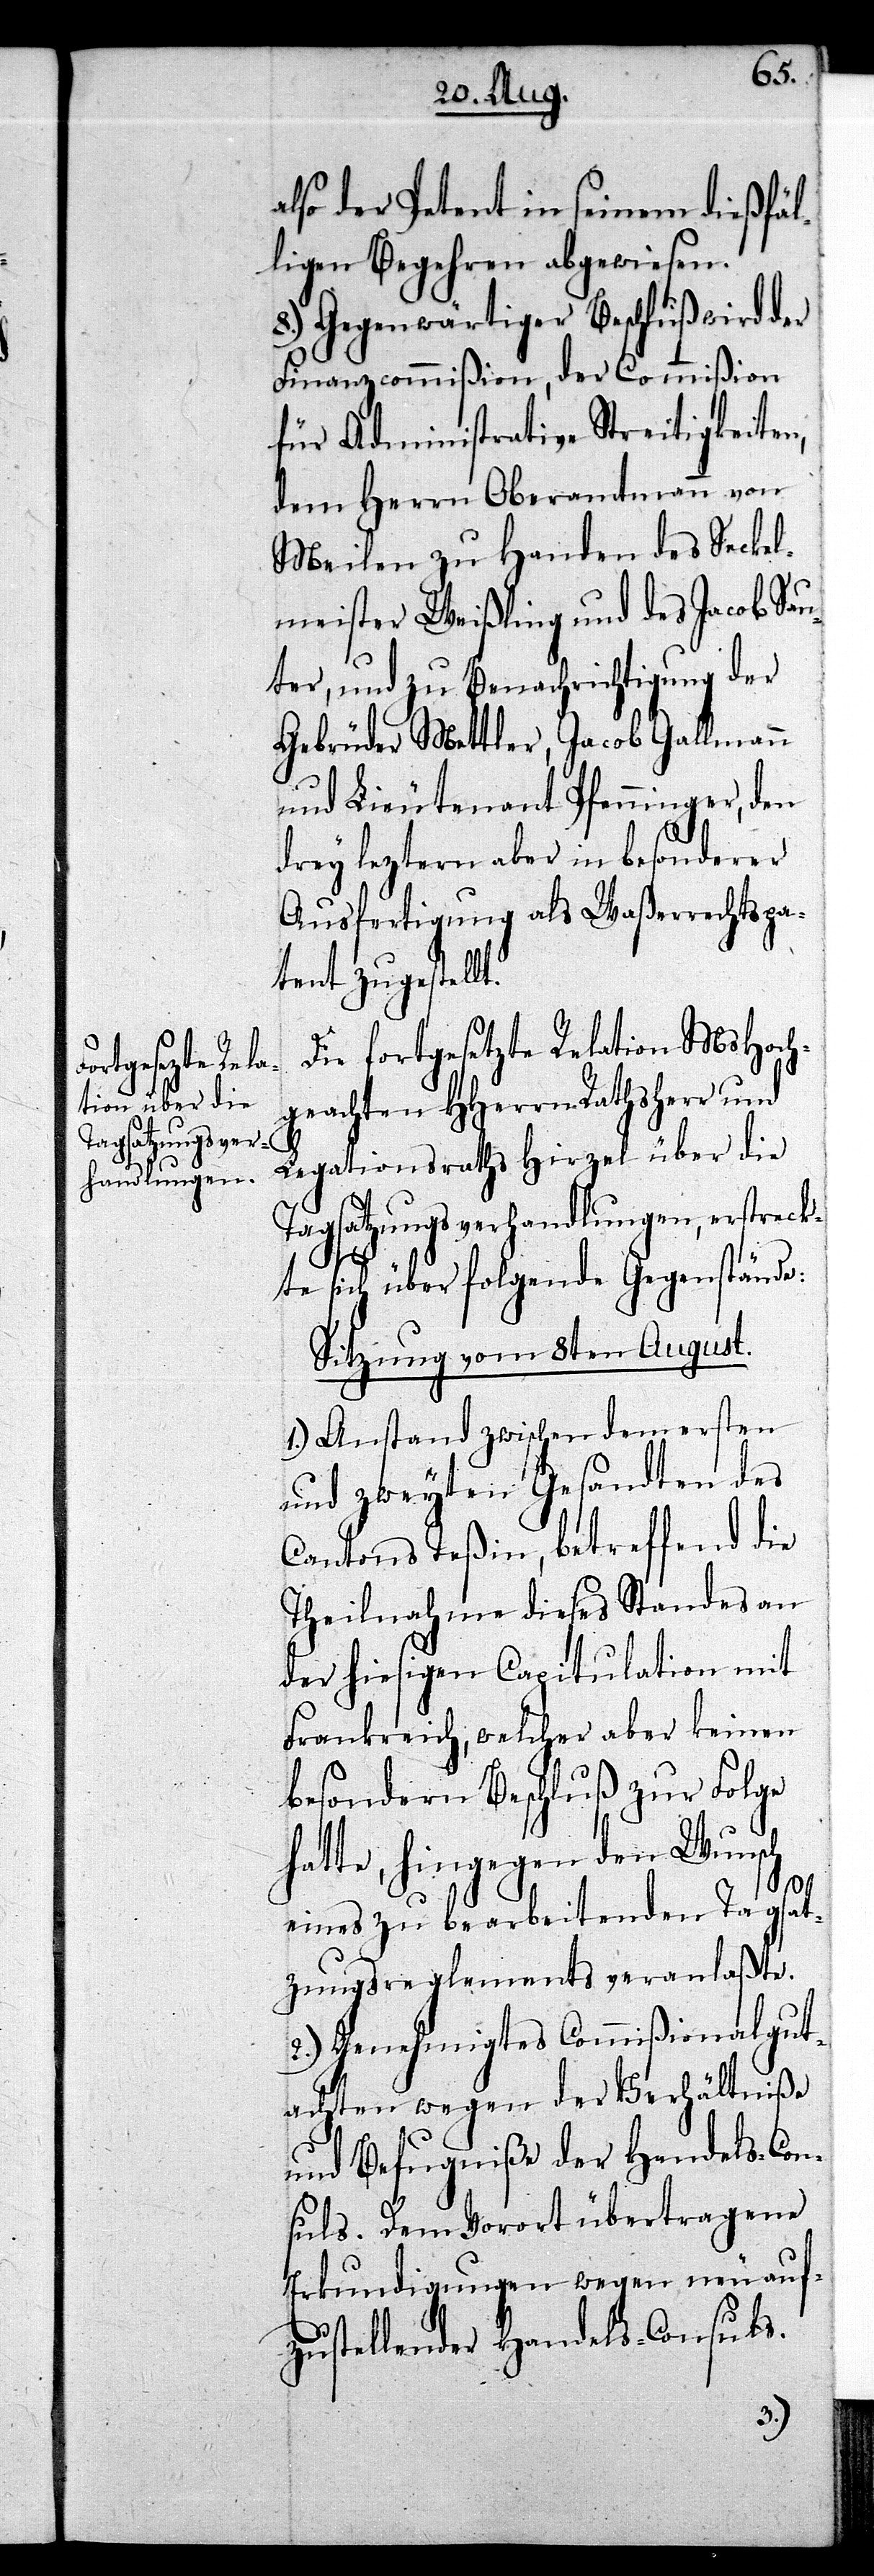
also der Petent in seinem dießfäl¬
ligen Begehren abgewiesen.
8.) Gegenwärtiger Beschluß wird der
Finanzcommißion, der Commißion
für Administrative Streitigkeiten,
dem Herrn Oberamtmann von
Meilen zu Handen des Seckel¬
meister Weißling und des Jacob Sau¬
ter, und zu Benachrichtigung der
Gebrüder Mettler, Jacob Gallmann
und Lieutenant Pfenninger, den
drey leztern aber in besonderer
Ausfertigung als Waßerrechtspa¬
tent zugestellt.
Die fortgesetzte Relation MsHoch¬
geachten HHerrn Rathsherr und
Legationsraths Hirzel über die
Tagsatzungsverhandlungen, erstrec¬
kte sich über folgende Gegenstände:
Sitzung vom 8ten August.
1.) Anstand zwischen dem ersten
und zweyten Gesandten des
Cantons Teßin, betreffend die
Theilnahme dieses Standes an
der hiesigen Capitulation mit
Frankreich, welcher aber keinen
besondern Beschluß zur Folge
hatte, hingegen den Wunsch
eines zu bearbeitenden Tagsat¬
zungsreglements veranlaßte.
2.) Genehmigtes Commißionalgut¬
achten wegen der Verhältniße
und Befugniße der Handels-Con¬
suls. Dem Vorort übertragene
Erkundigungen wegen neu auf¬
zustellender Handels-Consuls.